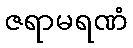
ဇရာမရဏံ